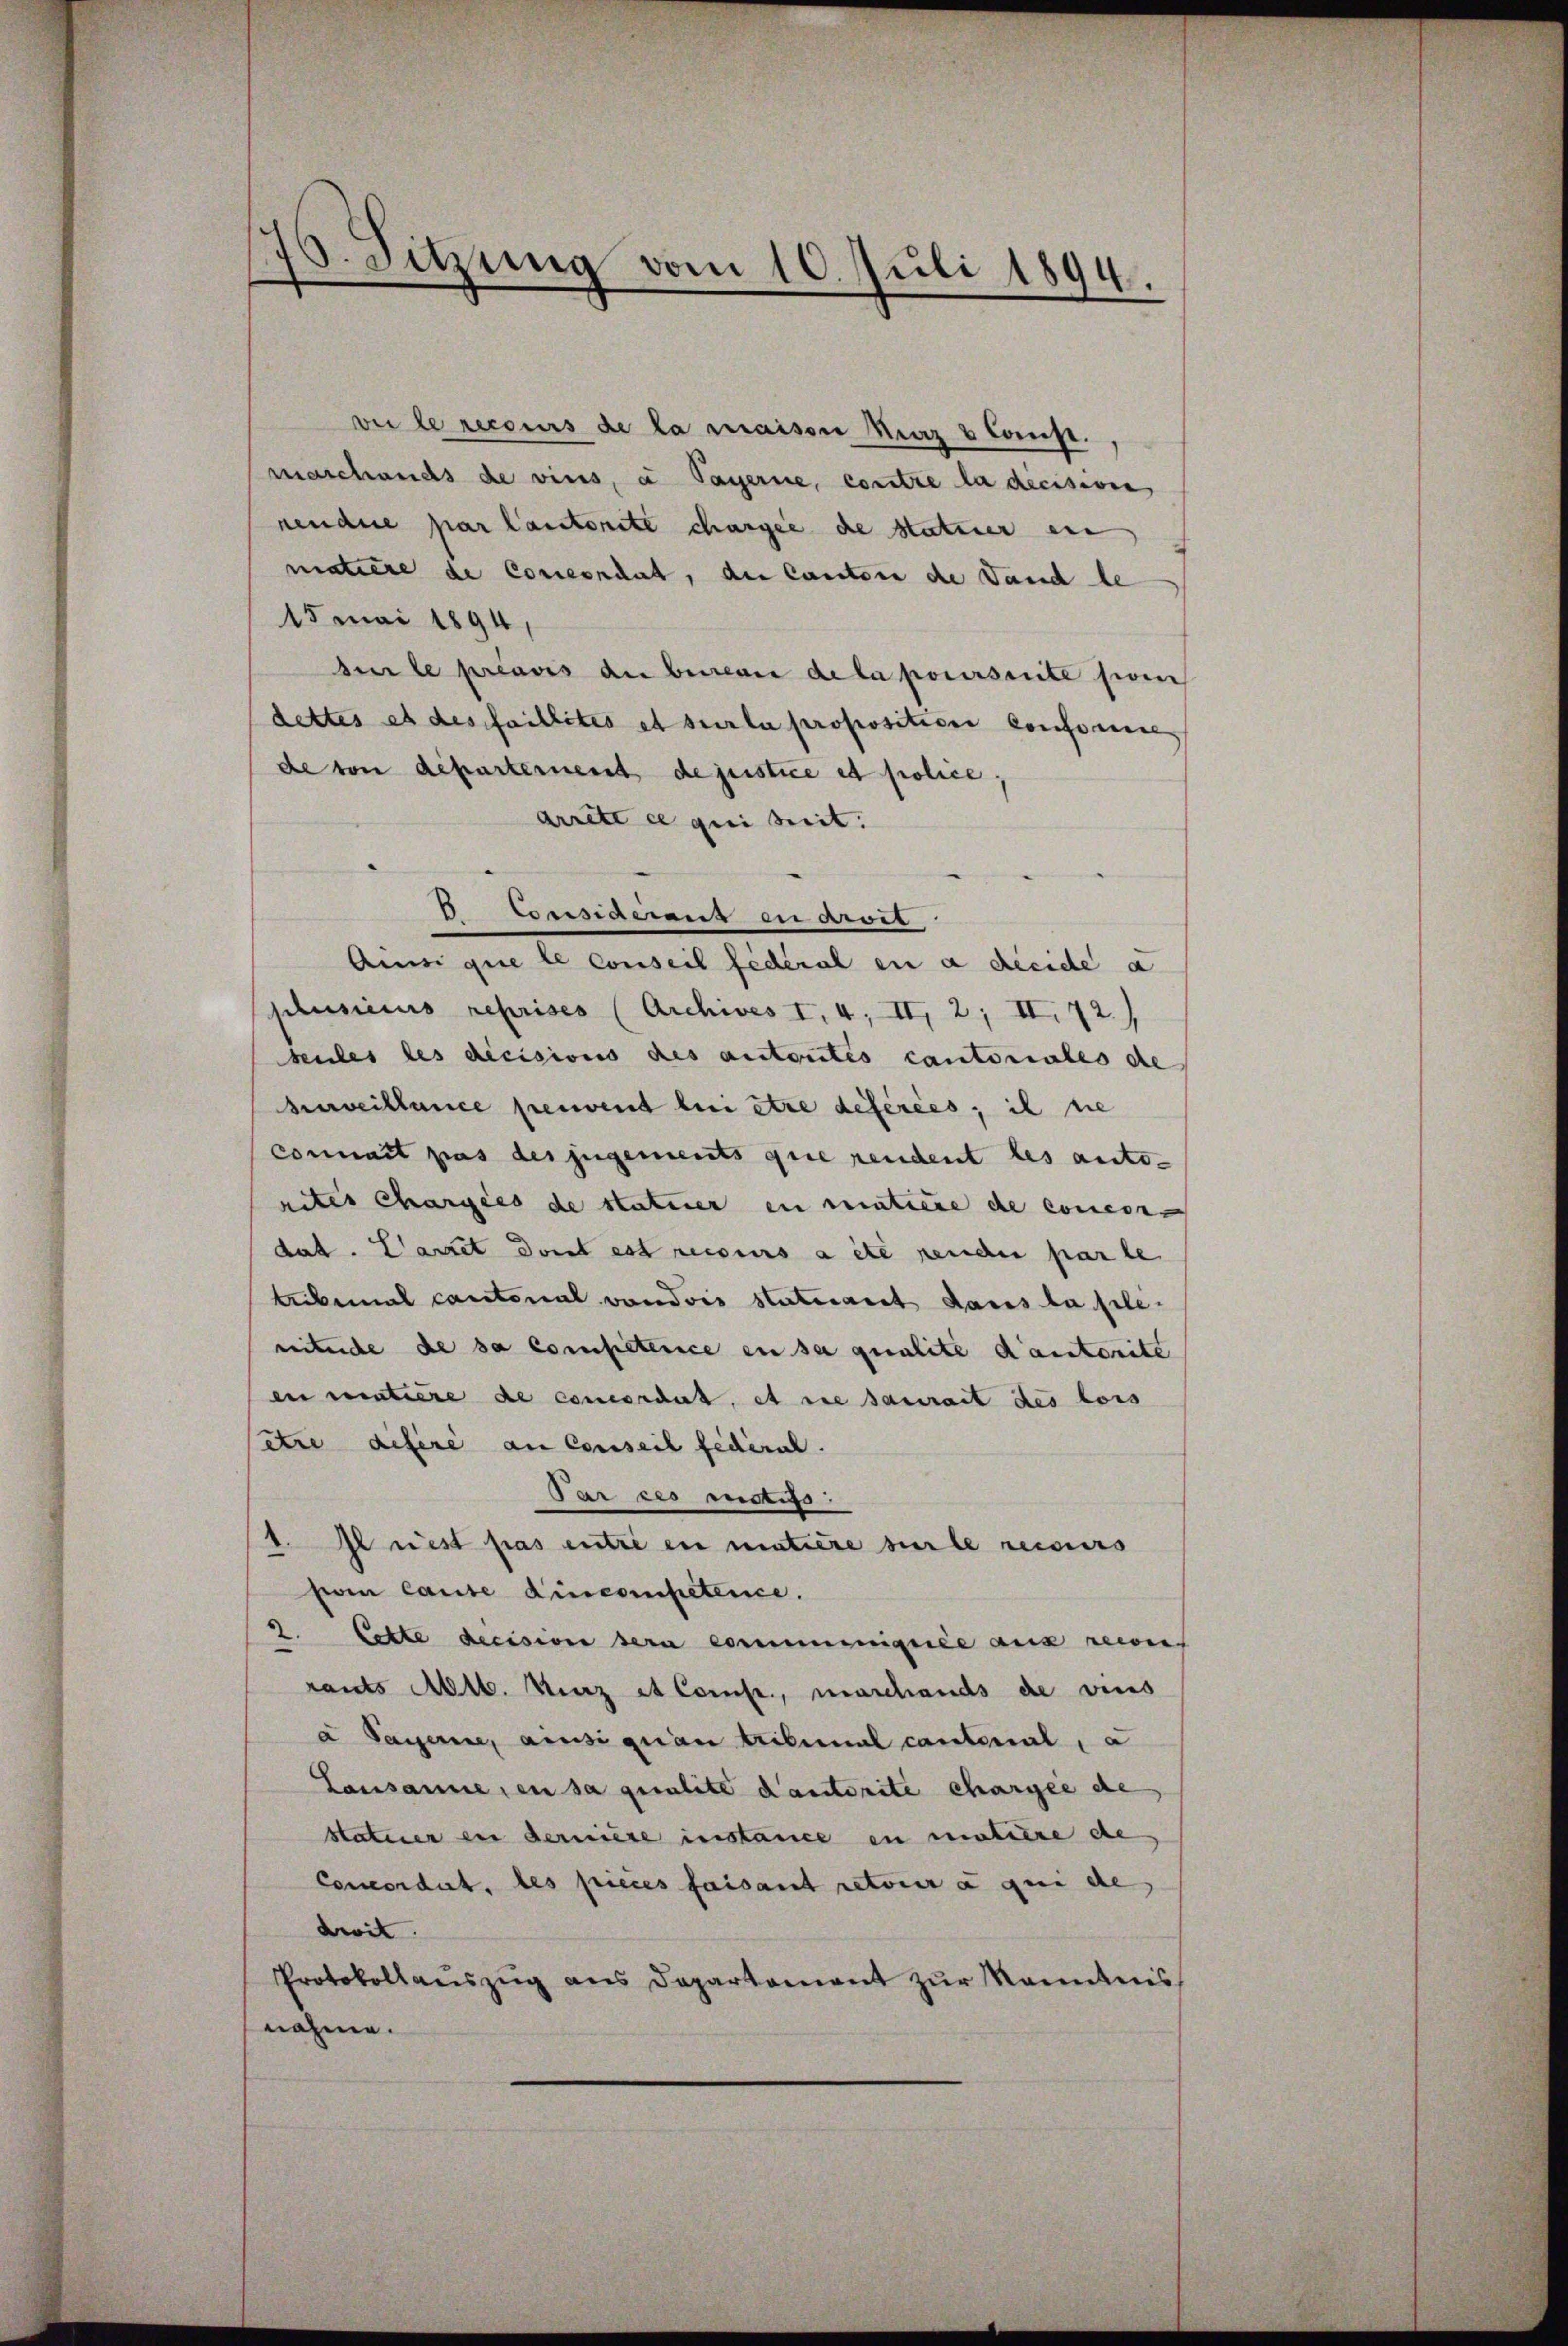
70. Sitzung vom 10. Juli 1894.

ver le recours de la maison Merz & Comp.
maschends de vins, a Payerne, contre la decisione
nendue par lautereite changel de stateuer ein
matière de Concordat, du Cantone de Land be
15 mai 1894,
sur le préavis an betrenne de la poursuite sin
dettes es des faillités et sur la proposition conforme
de von departernent de justice et police,
arrête ce qui tit. |
 Consideraus en anver
Amisi que le conseil fédéral en a decide a
plusieurs reprises (Archives I. 4, II, 2; II. 72.)
seules les decisions des autoutes cantoniales de
bveillance peuvent lui être déférées; il nie
connait pas des zugements que rendent les auto-
nites Chargées de statuer in matiere de concon
dat. Carret dont est recours a été rende par le
tribunal cantonal vondvis staterart dans lafleniture de sa competenice in sa qualite dansterite
eer matiere de concordat, et sie saurait des lois
ette defere an Conseil fédéral.
Par ces instifs.
1. Il rest pas entre en matière sur le recours
fon laute Lincompetence.
2. Eckte decision sera communiquée aus recon
rants Mtt. Kurz et Comp., maschends de vins
à Payerne, ainsi quan tribunal cantonal, a
Lausanne den sa qualite Kantorite chargée de
Statuer der derniere instance in matière de
Concordat, les pieces faisant retoir à qui de
dwit
Protokollaŭszŭg ans Departement zŭr Kenntnis
nahme.